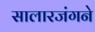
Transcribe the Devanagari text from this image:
सालारजंगने